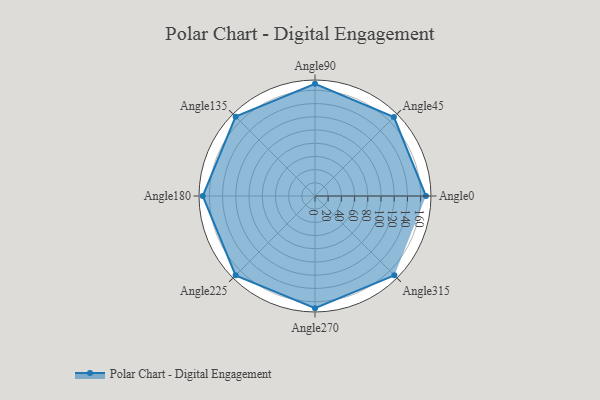
{"axis": {"x": "Angle", "y": "Radius"}, "legend": [""], "data": [{"x": "Angle0", "y": 168.0, "type": ""}, {"x": "Angle45", "y": 169.0, "type": ""}, {"x": "Angle90", "y": 170, "type": ""}, {"x": "Angle135", "y": 170, "type": ""}, {"x": "Angle180", "y": 170, "type": ""}, {"x": "Angle225", "y": 170, "type": ""}, {"x": "Angle270", "y": 170, "type": ""}, {"x": "Angle315", "y": 170, "type": ""}]}